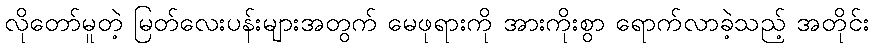
လိုတော်မူတဲ့ မြတ်လေးပန်းများအတွက် မေဖုရားကို အားကိုးစွာ ရောက်လာခဲ့သည့် အတိုင်း